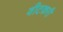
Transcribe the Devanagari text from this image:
वीटकरी